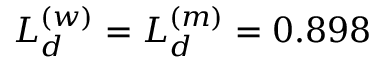
{ \cal L } _ { d } ^ { ( w ) } = { \cal L } _ { d } ^ { ( m ) } = 0 . 8 9 8